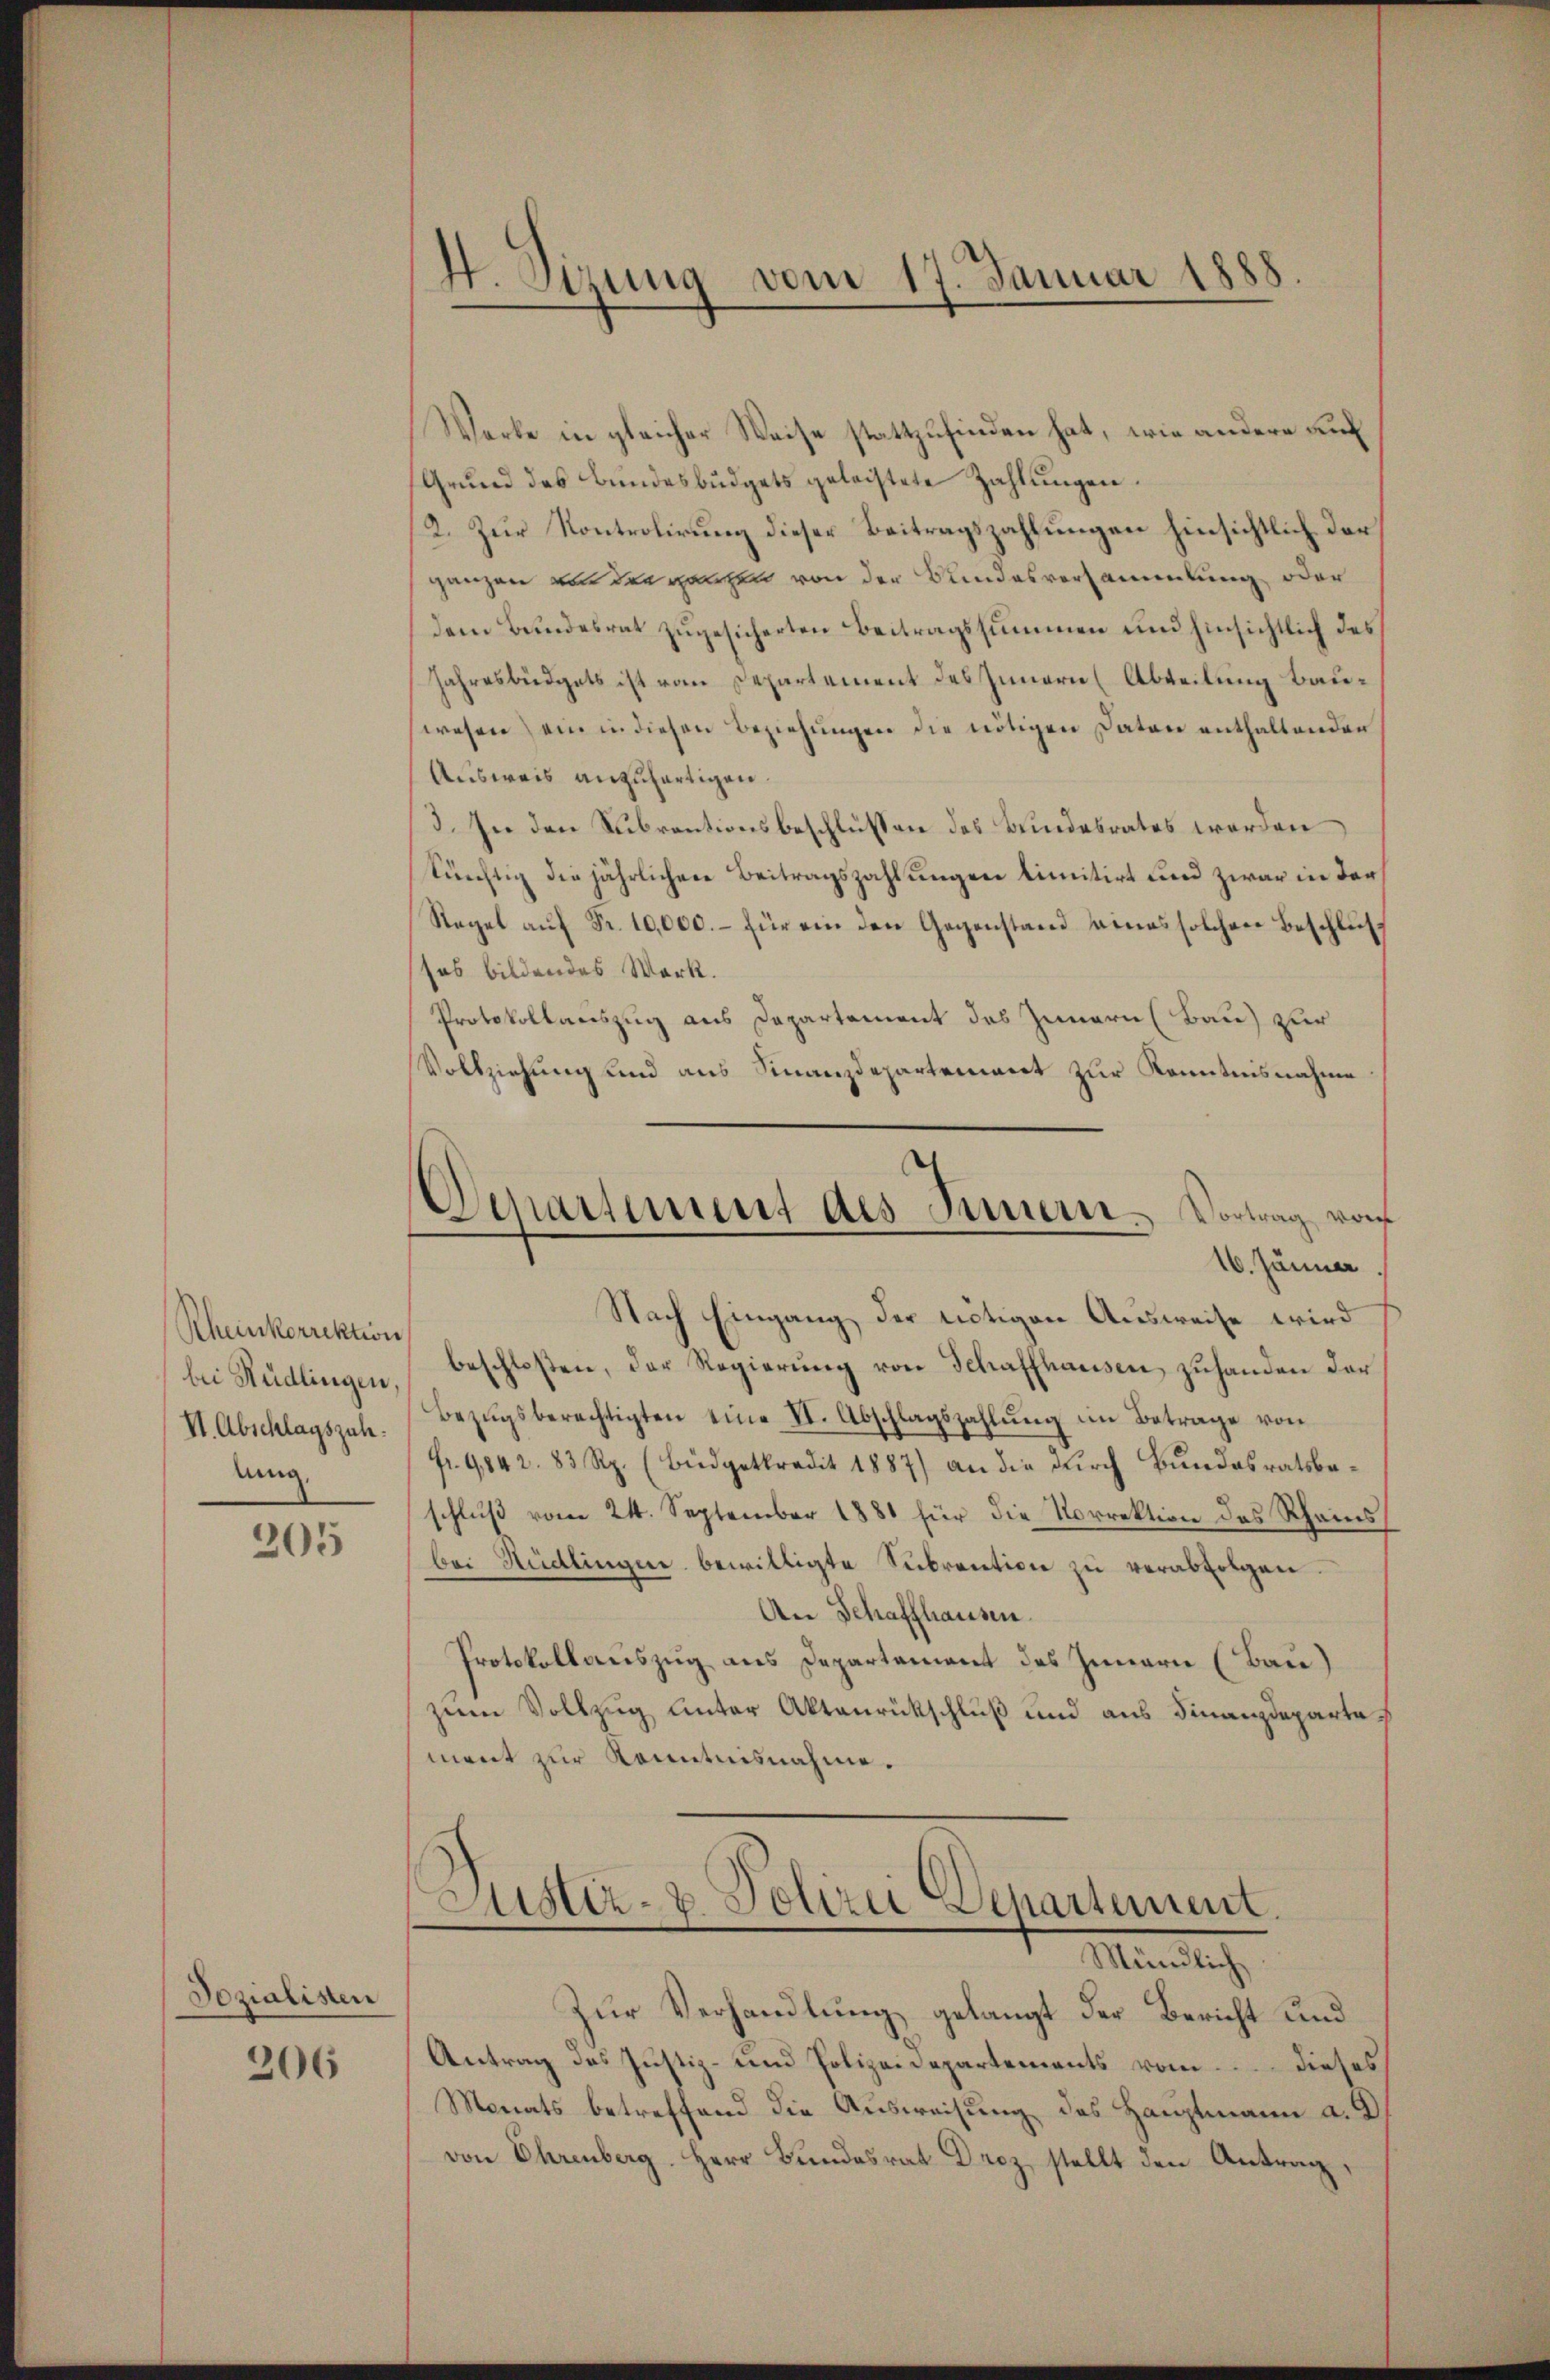
Rheinkorrektion
bei Rüdlingen.
VI. Abschlagszahuug

205

Sozialisten

206

4. Sizung vom 17. Januar 1881

Werke in gleicher Weise stattzufinden hat, wie andere auf
Grund des Bundesbüdgets geleistete Zahlungen
2. Zur Kontrolirung dieser Beitragszahlungen hinsichtlich der
ganzen von der ganzen von der Bundesversammlung oder
dem Bundesrat zugesicherten Beitragssummen und hinsichtlich des
Jahresbüdgets ist vom Departement des Innern (Abteilung Bauwesen) ein in diesen Beziehungen die nötigen Daten enthaltenden
Ausweis anzufertigen.
3. In den Subventionsbeschlüssen des Bundesrates werden
tüchtig die jährlichen Beitragszahlungen limitirt und zwar in der
Regel aŭf Fr. 10,000.- für ein den Gegenstand eines solchen Beschluß
sos bildendes Werk.
Protokollauszug aus Departement des Innern (Bau) zur
Vollziehung und aus Finanzdepartement zur Kenntnisnahme
Oenartement des Innern. Vortrag von
16. Jänner
Nach Eingang der nötigen Ausweise wird
beschloßen, der Regierŭng von Schaffhausen zuhanden der
Bezŭgsberechtigten eine II. Abschlagszahlung im Betrage von
fr. 9842. 83 Rp. (Büdgetkredit 1887) an die durch Bundesratsbeschluß vom 24. September 1881 für die Norrektion des Rheins
bei Rüdlingen bewilligte Sŭbrention zŭ verabfolgen.
An Schaffhausen.
Protokollauszug aus Departement des Innern (Bau)
zum Vollzug unter Aktenrückschluß und aus Finanzdeparta
ment zur Kenntnisnahme.

Lister- u. Polizei Departement.
Mündlich

Zur Verhandlung gelangt der Bericht und
Antrag des Justiz- und Polizeidepartements vom Dieses
Monats betreffend die Ausweisung des Hauptmann a. a
von Ehrenberg. Herr Bundesrat Droz, stellt den Antrag,